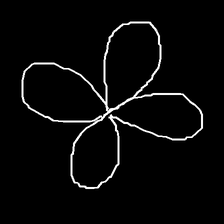
Glyph: billowing